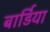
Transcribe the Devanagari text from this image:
बार्डिया